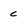
Character: c